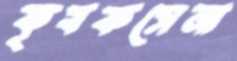
কৃষকসেনা